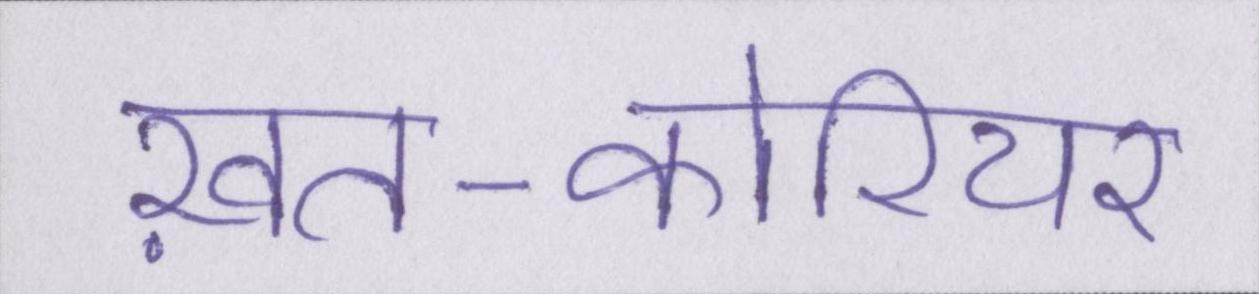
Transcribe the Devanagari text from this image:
ख़त-कोरियर